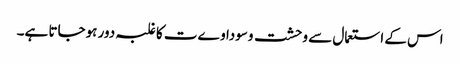
اس کے استعمال سے وحشت وسوداوےت کا غلبہ دور ہوجاتا ہے۔